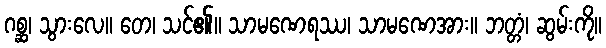
ဂစ္ဆ၊ သွားလေ။ တေ၊ သင်၏။ သာမဏေရဿ၊ သာမဏေအား။ ဘတ္တံ၊ ဆွမ်းကို။